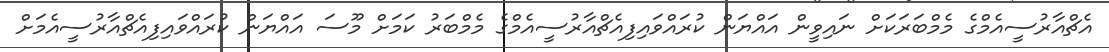
އެޗްއާރުސީއެމްގެ މެމްބަރަކަށް ނައިވީން އައްޔަން ކުރައްވައިފިއެޗްއާރުސީއެމްގެ މެމްބަރު ކަމަށް މޫސަ އައްޔަން ކުރައްވައިފިއެޗްއާރުސީއެމަށް